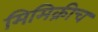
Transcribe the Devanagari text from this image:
मिमिक्रीच